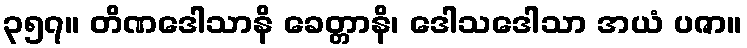
၃၅၇။ တိဏဒေါသာနိ ခေတ္တာနိ၊ ဒေါသဒေါသာ အယံ ပဇာ။